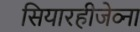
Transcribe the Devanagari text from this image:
सियारहीजेव्ना